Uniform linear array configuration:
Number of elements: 24
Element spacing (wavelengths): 0.25
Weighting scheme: blackman
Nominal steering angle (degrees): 45
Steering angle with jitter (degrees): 46.986
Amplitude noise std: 0.05
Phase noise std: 0.05

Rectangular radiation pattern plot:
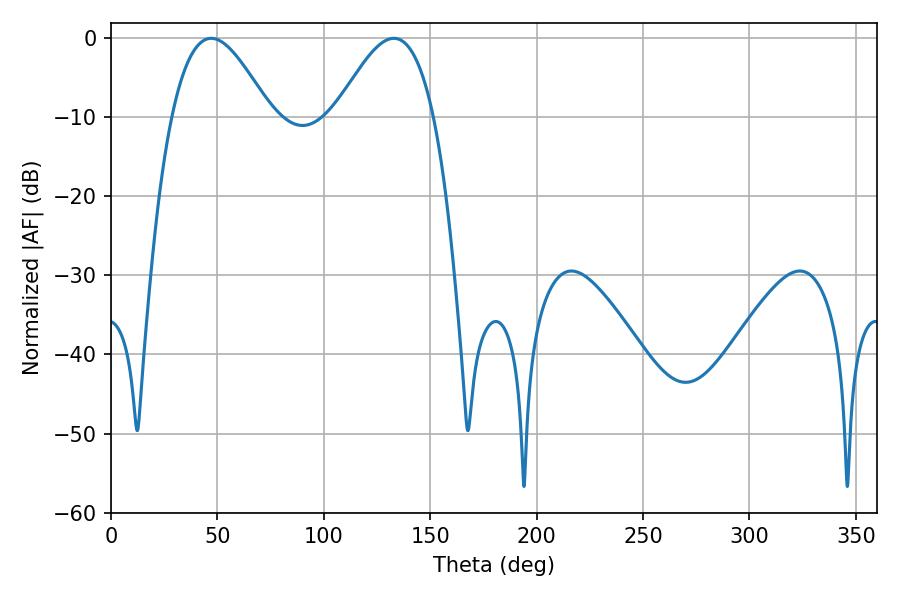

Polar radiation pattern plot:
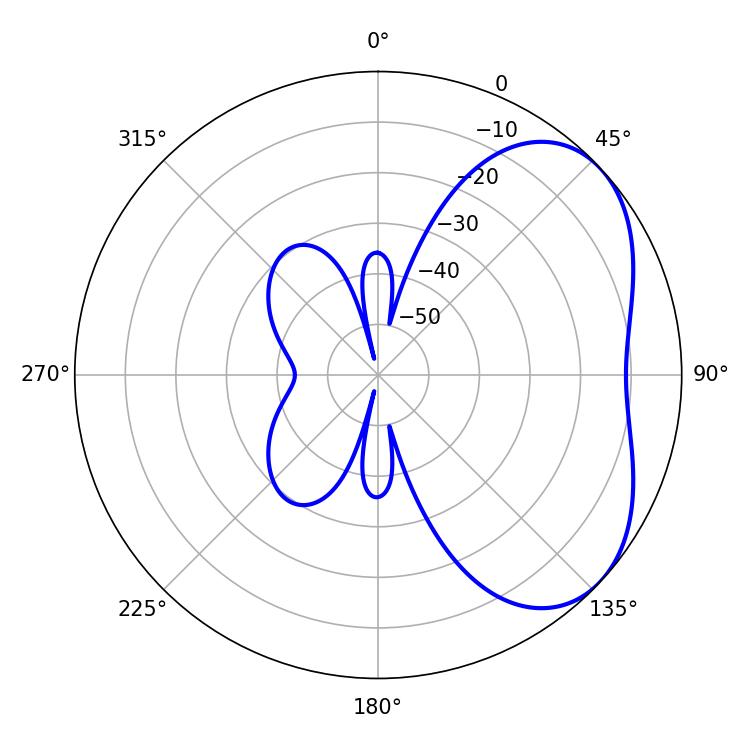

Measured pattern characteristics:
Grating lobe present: FALSE
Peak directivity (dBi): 4.277
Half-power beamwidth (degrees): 24.84
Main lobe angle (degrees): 47.16